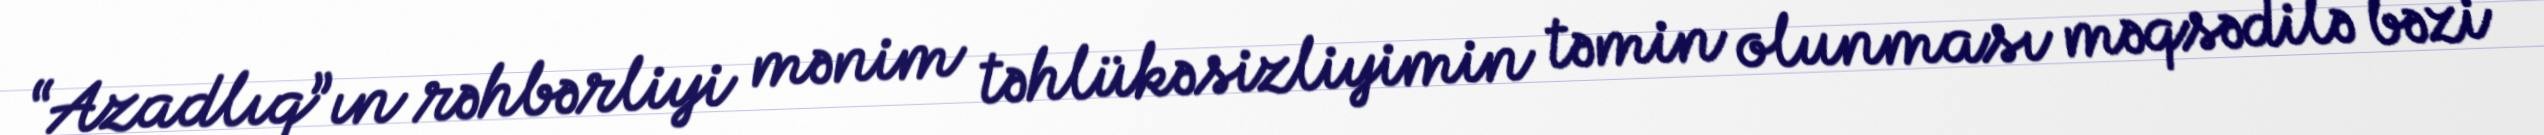
“Azadlıq”ın rəhbərliyi mənim təhlükəsizliyimin təmin olunması məqsədilə bəzi